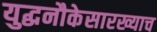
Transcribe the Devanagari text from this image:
युद्धनौकेसारख्याच